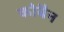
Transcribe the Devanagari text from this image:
कोबैन